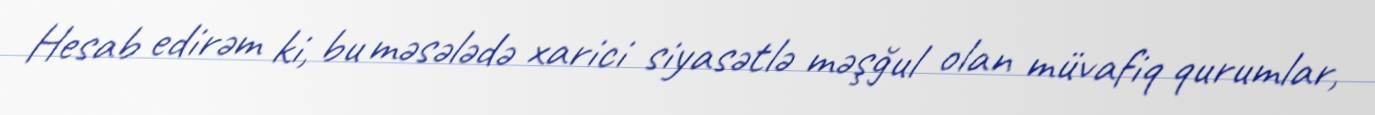
Hesab edirəm ki, bu məsələdə xarici siyasətlə məşğul olan müvafiq qurumlar,